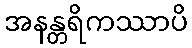
အနန္တရိကဿာပိ